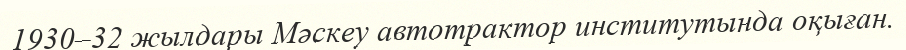
1930–32 жылдары Мәскеу автотрактор институтында оқыған.